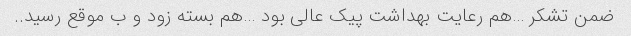
ضمن تشکر …هم رعایت بهداشت پیک عالی بود …هم بسته زود و ب موقع رسید..